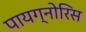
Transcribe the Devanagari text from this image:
पायग्नोरिस